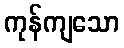
ကုန်ကျသော